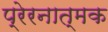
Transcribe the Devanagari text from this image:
प्रेरनात्मक